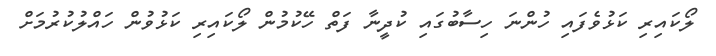
ލޯކައިރި ކަޅުވެފައި ހުންނަ ހިސާބުގައި ކުދީނާ ފަތް ހޭކުމުން ލޯކައިރި ކަޅުވުން ހައްލުކުރުމަށް